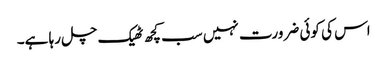
اس کی کوئی ضرورت نہیں سب کچھ ٹھیک چل رہا ہے۔